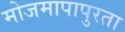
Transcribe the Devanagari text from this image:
मोजमापापुरता